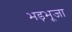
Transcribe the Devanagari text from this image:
भड़भूजा